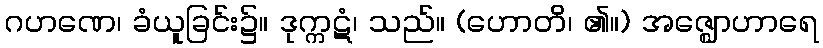
ဂဟဏေ၊ ခံယူခြင်း၌။ ဒုက္ကဋံ၊ သည်။ (ဟောတိ၊ ၏။) အဇ္ဈောဟာရေ